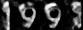
1993